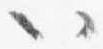
以